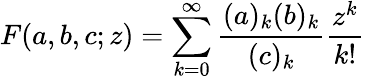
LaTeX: F(a,b,c;z)=\sum_{k=0}^{\infty}\frac{(a)_{k}(b)_{k}}{(c)_{k}}\frac{z^{k}}{k!}